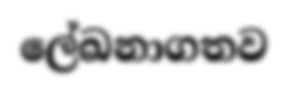
ලේඛනාගතව